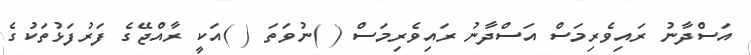
އަސްދާނު ރައިވެރިމަސް އަސްދާނު ރައިވެރިމަސް ( )ނުވަތަ ( )އަކީ ރާއްޖޭގެ ފަރުފަޅުތަކުގެ